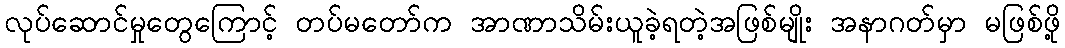
လုပ်ဆောင်မှုတွေကြောင့် တပ်မတော်က အာဏာသိမ်းယူခဲ့ရတဲ့အဖြစ်မျိုး အနာဂတ်မှာ မဖြစ်ဖို့